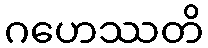
ဂဟေဿတိ